画像に写った文字を読んでください
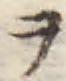
「ヲ」と書いてあります